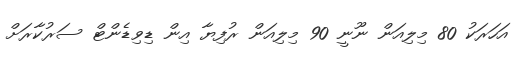
އަހަރަކު 80 މިލިއަން ނޫނީ 90 މިލިއަން ރުފިޔާ އިން ޑިވިޑެންޓް ސަރުކާރަށް